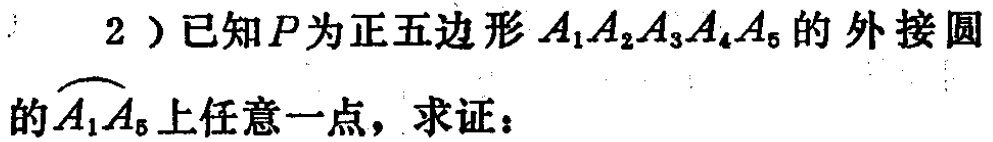
2）已知\(P\)为正五边形\(A_{1}A_{2}A_{3}A_{4}A_{5}\)的外接圆的\(\overset{\frown}{A_{1}A_{5}}\)上任意一点，求证：